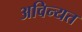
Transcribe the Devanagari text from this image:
अविन्यत